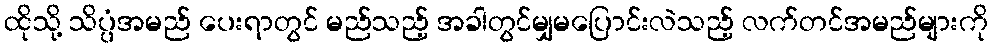
ထိုသို့ သိပ္ပံအမည် ပေးရာတွင် မည်သည့် အခါတွင်မျှမပြောင်းလဲသည့် လက်တင်အမည်များကို